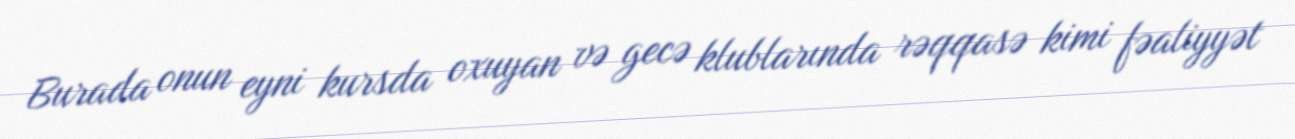
Burada onun eyni kursda oxuyan və gecə klublarında rəqqasə kimi fəaliyyət